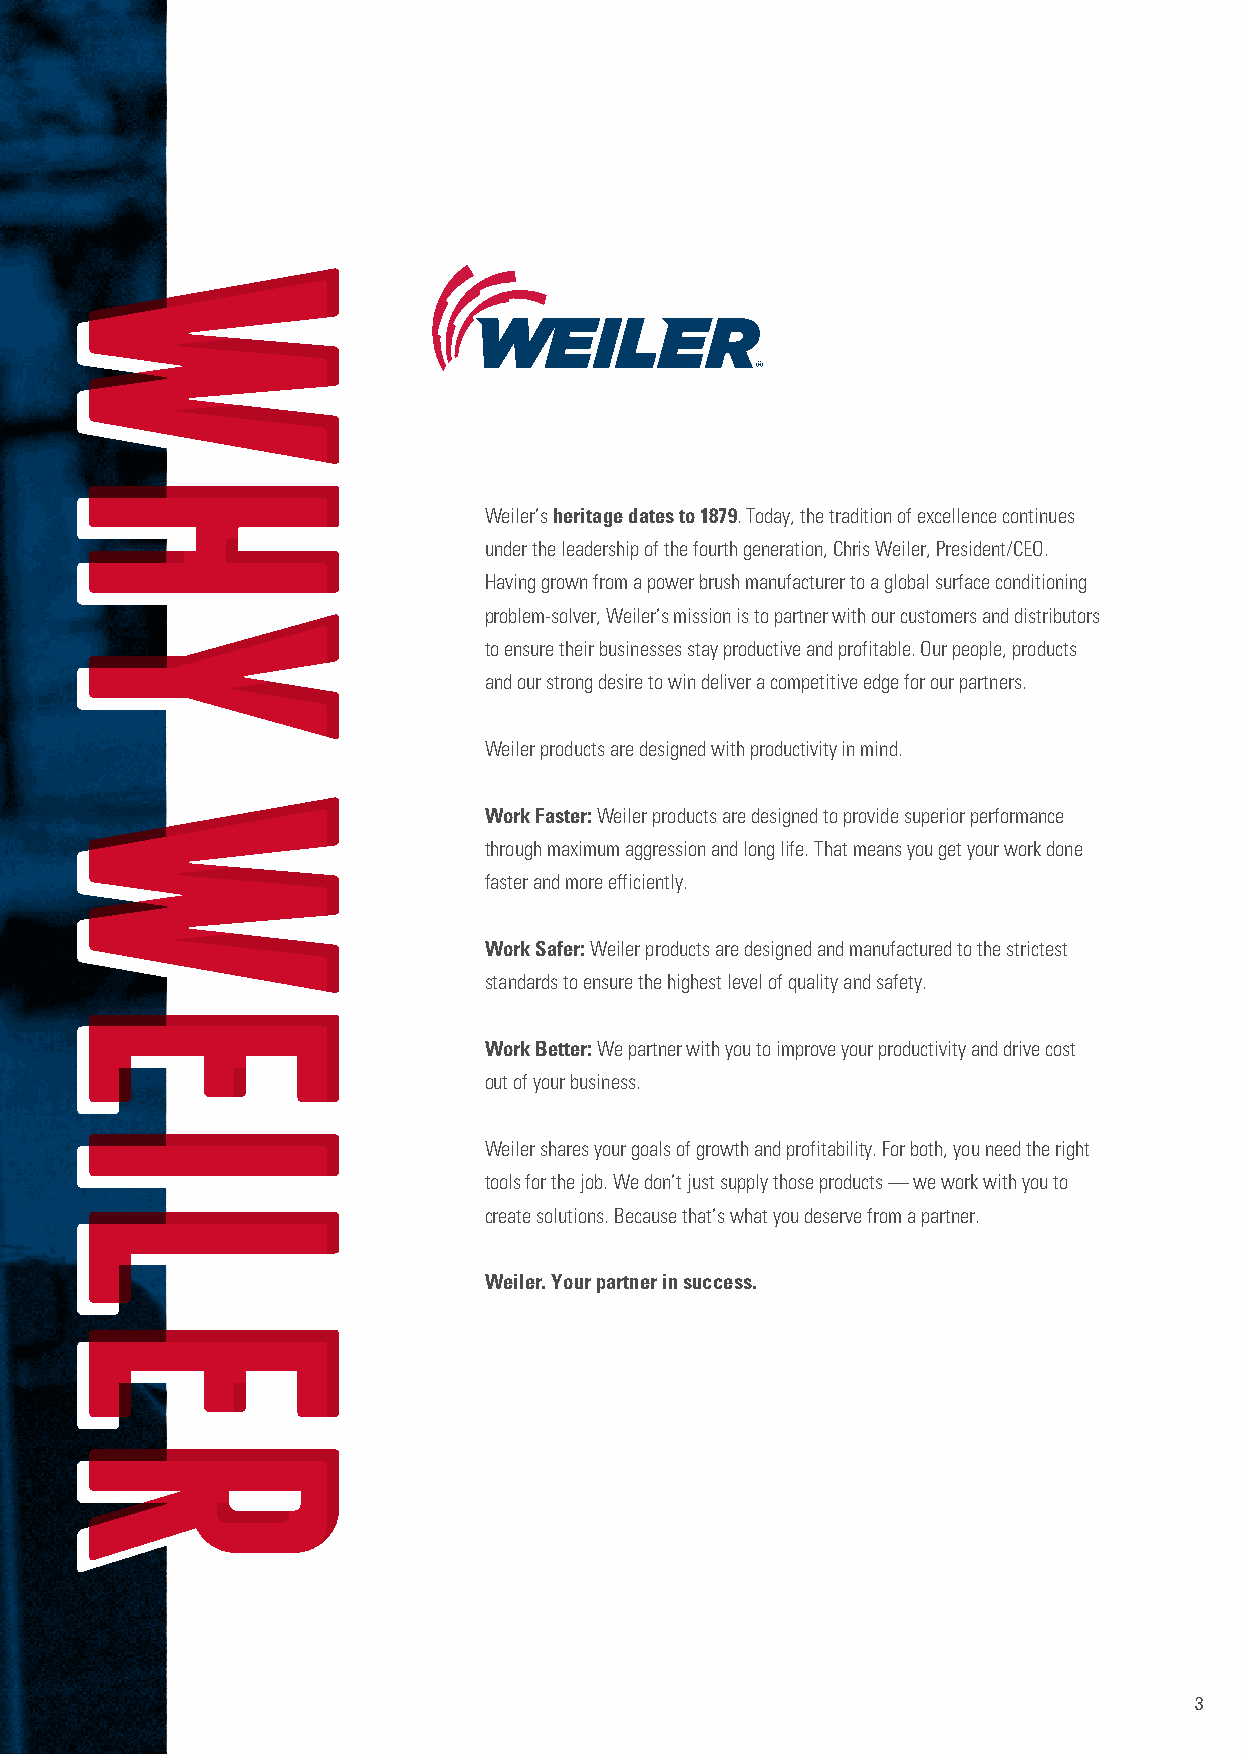
Weiler’s heritage dates to 1879. Today, the tradition of excellence continues
 under the leadership of the fourth generation, Chris Weiler, President/CEO.
 Having grown from a power brush manufacturer to a global surface conditioning
 problem-solver, Weiler’s mission is to partner with our customers and distributors
 to ensure their businesses stay productive and profitable. Our people, products
 and our strong desire to win deliver a competitive edge for our partners.
 Weiler products are designed with productivity in mind.
 Work Faster: Weiler products are designed to provide superior performance
 through maximum aggression and long life. That means you get your work done
 faster and more efficiently.
 Work Safer: Weiler products are designed and manufactured to the strictest
 standards to ensure the highest level of quality and safety.
 Work Better: We partner with you to improve your productivity and drive cost
 out of your business.
 Weiler shares your goals of growth and profitability. For both, you need the right
 tools for the job. We don’t just supply those products — we work with you to
 create solutions. Because that’s what you deserve from a partner.
 Weiler. Your partner in success.
 3
 WHY
 WEILER
 WWHHYY
 WWEEIILLEERR